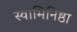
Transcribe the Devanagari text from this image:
स्वामिनिष्ठा